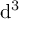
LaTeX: \mathrm { d } ^ { 3 }